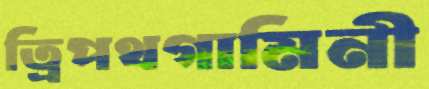
ত্রিপথগামিনী